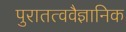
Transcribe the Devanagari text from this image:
पुरातत्ववैज्ञानिक